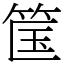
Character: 筺